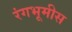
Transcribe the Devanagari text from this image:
रंगभूमीस